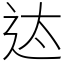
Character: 迏